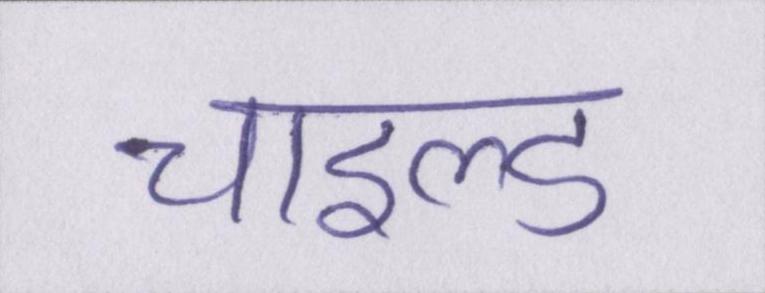
चाइल्ड